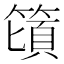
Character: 𰪕